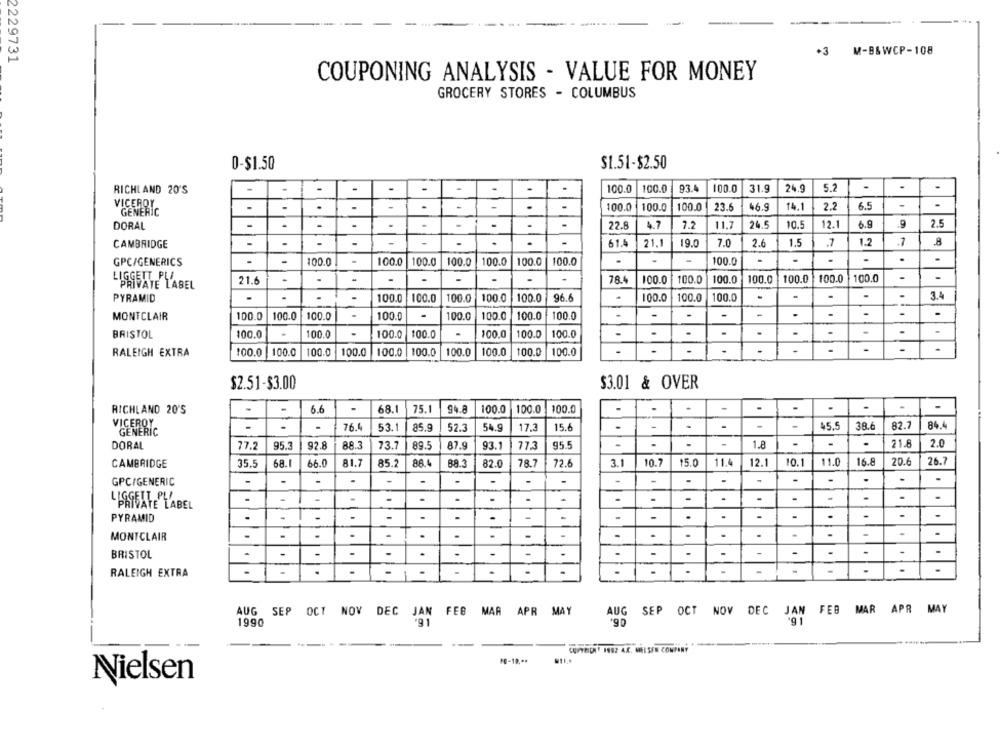
+3 M-B&WCP-108
2229731
COUPONING ANALYSIS - VALUE FOR MONEY
GROCERY STORES - COLUMBUS
0-$1.50
$1.51-$2.50
100.0
100.0
93.4
100.0
31.9
24.9
5.2
-
.
RICHLAND 20'S
VICEROY
-
-
.
.
100.0
100.0
100.0
23.6
46.9
14.1
2.2
6.5
-
GENERIC
DORAL
-
-
-
22.8
4.7
7.2
11.7
24.5
10.5
12.1
6.9
2.5
CAMBRIDGE
-
-
61.4
21.1
19.0
7.0
2.6
1.5
.1
1.2
.1
8
GPC/GENERICS
-
100.0
100.0
100.0
100.0
100.0
100.0
100.0
100.0
.
.
-
.
.
.
100.0
100.0
-
-
RIVATE L'AS
21.6
-
-
.
78.4
100.0
100.0
100.0
100.0
100.0
PYRAMID
100.0
100.0
100.0
100.0
100.0
96.6
100.0
100.0
100.0
-
3.4
MONTCLAIR
100.0
100.0
100.0
.
100.0
100.0
100.0
-
-
100.0
100.0
BRISTOL
100.0
100.0
100.0
100.0
.
100.0
100.0
100.0
-
-
-
RALEIGH EXTRA
100.0
100.0
100.0
100.0
100.0
100.0
100.0
100.0
100.0
100.0
$2.51-$3.00
$3.01 & OVER
-
RICHLAND 20'S
6.6
68.1
75.1
94.8
100.0
100.0
100.0
VICEROY
.
-
76.4
53.1
85.9
52.3
54.9
17.3
15.6
-
45.5
38.6
82.7
84.4
GENERIC
.
.
21.8
2.0
DORAL
77.2
95.3
92.8
88.3
73.7
89.5
87.9
93.1
77.3
95.5
-
1.8
-
CAMBRIDGE
35.5
68.1
66.0
81.7
85.2
88.4
88.3
82.0
78.7
72.6
3.1
10.7
15.0
11.4
12.1
10.1
11.0
16.8
20.6
26.7
.
-
-
-
-
-
.
-
-
GPC/GENERIC
.
-
.
.
-
.
-
-PRIVATE LABEL
PYRAMID
-
-
-
-
.
.
-
-
-
-
MONTCLAIR
-
.
-
.
.
.
-
-
BRISTOL
-
.
-
-
-
-
-
-
-
.
.
.
RALEIGH EXTRA
AUG SEP OCT NOV DEC JAN FEB MAR APR MAY
AUG SEP OCT NOV DEC
JAN FEB MAR APR MAY
1990
'91
CONTEDI 1992 AC. MELSEN COMPANY
10-19 .**
Nielsen